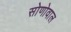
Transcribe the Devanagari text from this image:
सोणोवाल